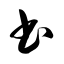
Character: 书